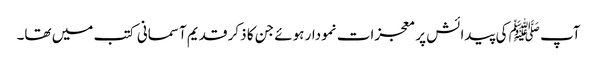
آپ ﷺ کی پیدائش پر معجزات نمودار ہوئے جن کا ذکر قدیم آسمانی کتب میں تھا۔